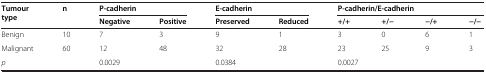
<table><thead><tr><td rowspan="2"><b>Tumour type</b></td><td rowspan="2"><b>n</b></td><td colspan="2"><b>P-cadherin</b></td><td colspan="2"><b>E-cadherin</b></td><td colspan="4"><b>P-cadherin/E-cadherin</b></td></tr><tr><td><b>Negative</b></td><td><b>Positive</b></td><td><b>Preserved</b></td><td><b>Reduced</b></td><td><b>+/+</b></td><td><b>+/−</b></td><td><b>−/+</b></td><td><b>−/−</b></td></tr></thead><tbody><tr><td>Benign</td><td>10</td><td>7</td><td>3</td><td>9</td><td>1</td><td>3</td><td>0</td><td>6</td><td>1</td></tr><tr><td>Malignant</td><td>60</td><td>12</td><td>48</td><td>32</td><td>28</td><td>23</td><td>25</td><td>9</td><td>3</td></tr><tr><td><i>p</i></td><td></td><td colspan="2">0.0029</td><td colspan="2">0.0384</td><td colspan="4">0.0027</td></tr></tbody></table>